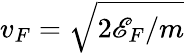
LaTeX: v_{F}=\sqrt{2\mathscr{E}_{F}/m}